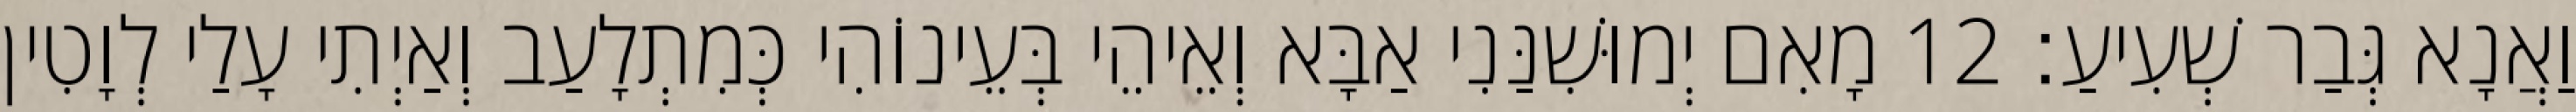
וַאֲנָא גְּבַר שְׁעִיעַ׃ 12 מָאִם יְמוּשִׁנַּנִי אַבָּא וְאֵיהֵי בְּעֵינוֹהִי כְּמִתְלָעַב וְאַיְתִי עָלַי לְוָטִין